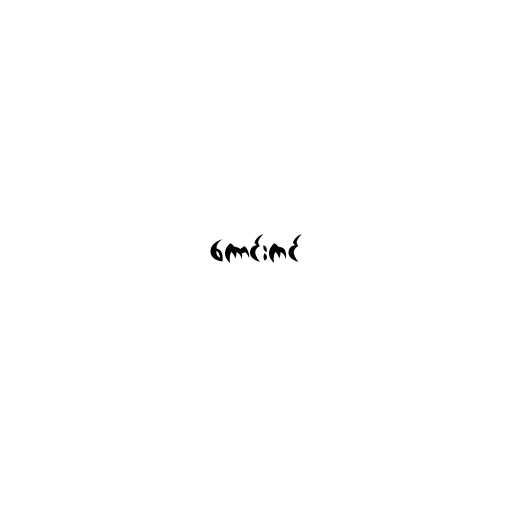
ကောင်းကင်